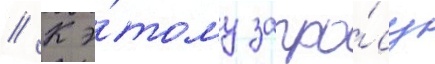
// К э́тому запро́су